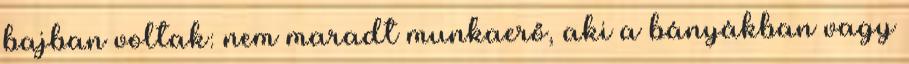
bajban voltak: nem maradt munkaerő, aki a bányákban vagy